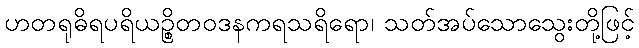
ဟတရုဓိရပရိယဉ္စိတဝဒနကရသရိရော၊ သတ်အပ်သောသွေးတို့ဖြင့်